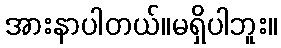
အားနာပါတယ်။မရှိပါဘူး။